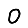
Digit: 0